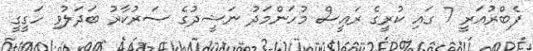
ފެބްރުއަރީ 7 ގައި ކުރީގެ ރައީސް މުހަންމަދު ނަޝީދުގެ ސަރުކާރު ބަދަލުވި ހަގީގީ